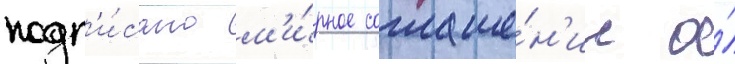
подп'и́сано м'и́рное соглаше́н'ие о́